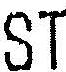
ST